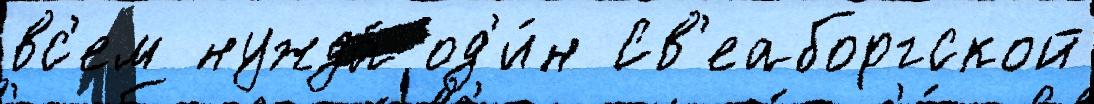
вс'ем нужда́ од'и́н Св'еаборгской